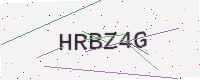
Text: HRBZ4G